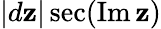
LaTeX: |d\mathbf{z}|\sec(\operatorname{Im}\mathbf{z})